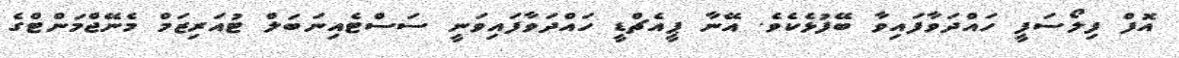
އޮފް ފިލޯސަފީ ހައްދަވާފައިވާ ބޭފުޅެކެވެ. އޭނާ ޕީއެޗްޑީ ހައްދަވާފައިވަނީ ސަސްޓެއިނަބަލް ޓުއަރިޒަމް މެނޭޖްމަންޓްގެ